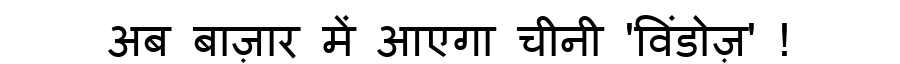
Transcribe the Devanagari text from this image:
अब बाज़ार में आएगा चीनी 'विंडोज़' !